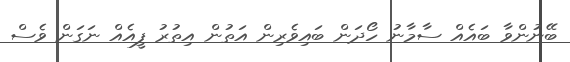
ބޭނުންވާ ބައެއް ސާމާނު ހޯދަން ބައިވެރިން އަތުން އިތުރު ފީއެއް ނަގަން ވެސް